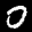
Label: 0